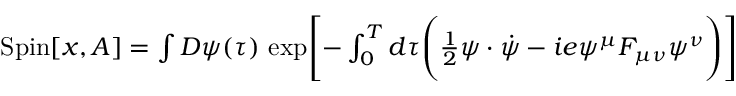
\begin{array} { r } { \mathrm { S p i n } [ x , A ] = \int { \cal D } \psi ( \tau ) \, \exp \Biggl \lbrack - \int _ { 0 } ^ { T } d \tau \Biggl ( { \frac { 1 } { 2 } } \psi \cdot \dot { \psi } - i e \psi ^ { \mu } F _ { { \mu \nu } } \psi ^ { \nu } \Biggr ) \Biggr \rbrack } \end{array}